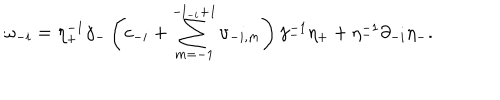
\omega _ { - i } = \eta _ { + } ^ { - 1 } \gamma _ { - } \left( c _ { - i } + \sum _ { m = - 1 } ^ { - l _ { - i } + 1 } \upsilon _ { - i , m } \right) \gamma _ { - } ^ { - 1 } \eta _ { + } + \eta _ { - } ^ { - 1 } \partial _ { - i } \eta _ { - } .